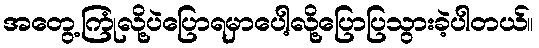
အတွေ့ကြုံလို့ပဲပြောရမှာပေါ့လို့ပြောပြသွားခဲ့ပါတယ်။